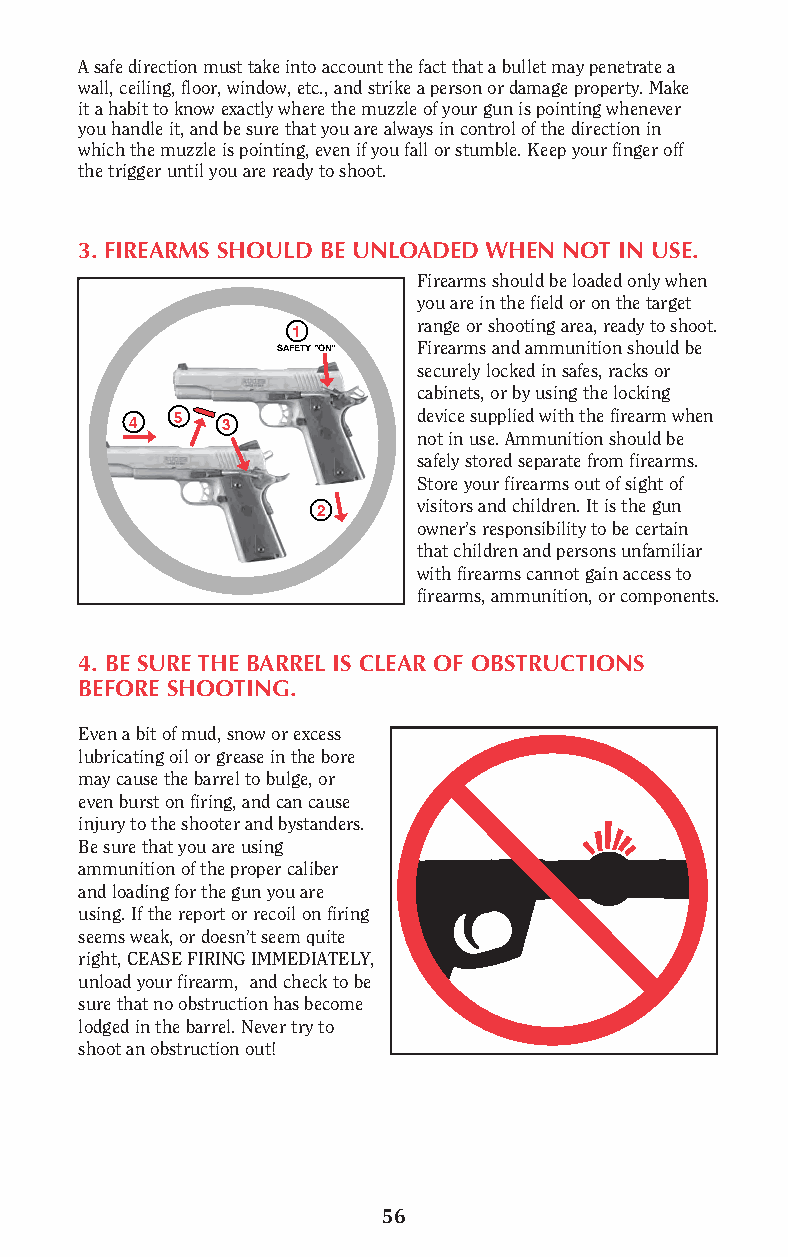
A safe direction must take into account the fact that a bullet may penetrate a
 wall, ceiling, floor, window, etc., and strike a person or damage property. Make
 it a habit to know exactly where the muzzle of your gun is pointing whenever
 you handle it, and be sure that you are always in control of the direction in
 which the muzzle is pointing, even if you fall or stumble. Keep your finger off
 the trigger until you are ready to shoot.
 3. FIREARMS SHOULD BE UNLOADED WHEN NOT IN USE.
 Firearms should be loaded only when
 you are in the field or on the target
 range or shooting area, ready to shoot.
 1
 SAFETY “ON” Firearms and ammunition should be
 securely locked in safes, racks or
 cabinets, or by using the locking
 4  5  3            device supplied with the firearm when
 not in use. Ammunition should be
 safely stored separate from firearms.
 Store your firearms out of sight of
 visitors and children. It is the gun
 2
 owner’s responsibility to be certain
 that children and persons unfamiliar
 with firearms cannot gain access to
 firearms, ammunition, or components.
 4. BE SURE THE BARREL IS CLEAR OF OBSTRUCTIONS
 BEFORE SHOOTING.
 Even a bit of mud, snow or excess
 lubricating oil or grease in the bore
 may cause the barrel to bulge, or
 even burst on firing, and can cause
 injury to the shooter and bystanders.
 Be sure that you are using
 ammunition of the proper caliber
 and loading for the gun you are
 using. If the report or recoil on firing
 seems weak, or doesn’t seem quite
 right, CEASE FIRING IMMEDIATELY,
 unload your firearm, and check to be
 sure that no obstruction has become
 lodged in the barrel. Never try to
 shoot an obstruction out!
 56